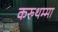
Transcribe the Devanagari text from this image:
करुथम्मा